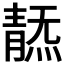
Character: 𩇞